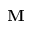
\mathbf { M }